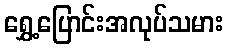
ရွှေ့ပြောင်းအလုပ်သမား